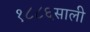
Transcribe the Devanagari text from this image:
१८८६साली